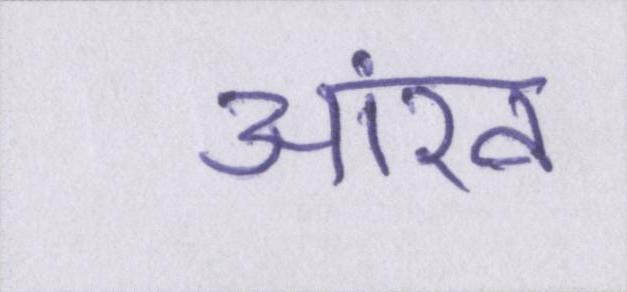
आंख